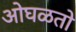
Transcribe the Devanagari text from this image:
ओघळतो